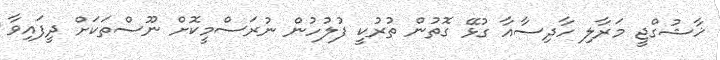
ޚާޝުގްޖީ މަރާލި ހާދިސާއާ ގުޅޭ ގޮތުން ތުރުކީ ފުލުހުން ނުރަސްމީކޮށް ނޫސްތަކަށް ދީފައިވާ